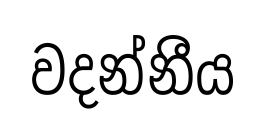
වදන්නීය